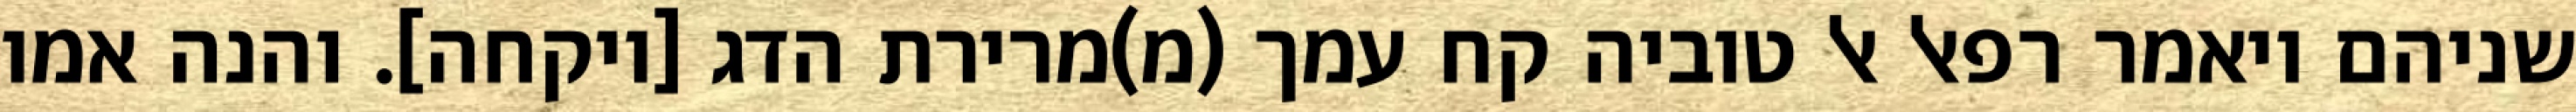
שניהם ויאמר רפאל אל טוביה קח עמך (מ)מרירת הדג [ויקחה]. והנה אמו